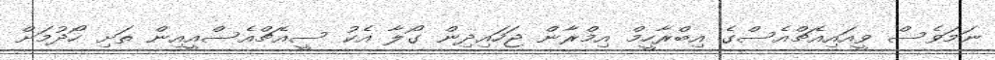
ނަމަވެސް ވީއައިއެޗްއެސްގެ އިބްރާހީމް އިމްރާން ޖަހައިދިން ގޯލާ އެކު ސީއެޗްއެސްއީއިން ތަށި ހޯދުމަށް